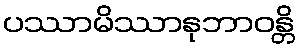
ပဿာမိဿာနုဘာဝန္တိ